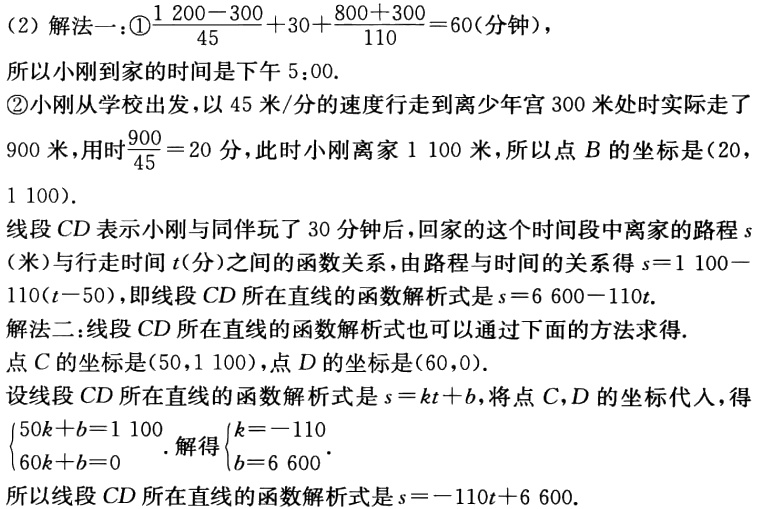
（2）解法一：\textcircled{1}\(\frac{1200 - 300}{45}+30+\frac{800 + 300}{110}=60\)（分钟），
所以小刚到家的时间是下午 \(5:00\).
\textcircled{2}小刚从学校出发，以 \(45\) 米/分的速度行走到离少年宫 \(300\) 米处时实际走了 \(900\) 米，用时\(\frac{900}{45}=20\) 分，此时小刚离家 \(1100\) 米，所以点 \(B\) 的坐标是\((20,1100)\).
线段 \(CD\) 表示小刚与同伴玩了 \(30\) 分钟后，回家的这个时间段中离家的路程 \(s\)（米）与行走时间 \(t\)（分）之间的函数关系，由路程与时间的关系得 \(s = 1100-110(t - 50)\)，即线段 \(CD\) 所在直线的函数解析式是 \(s = 6600 - 110t\).
解法二：线段 \(CD\) 所在直线的函数解析式也可以通过下面的方法求得.
点 \(C\) 的坐标是\((50,1100)\)，点 \(D\) 的坐标是\((60,0)\).
设线段 \(CD\) 所在直线的函数解析式是 \(s = kt + b\)，将点 \(C,D\) 的坐标代入，得\(\begin{cases}50k + b = 1100\\60k + b = 0\end{cases}\). 解得\(\begin{cases}k = - 110\\b = 6600\end{cases}\).
所以线段 \(CD\) 所在直线的函数解析式是 \(s=-110t + 6600\).